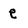
Character: e